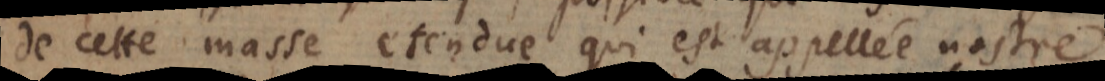
de cette masse étendue qui est appellée nostre